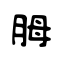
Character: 胟